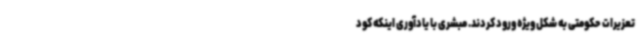
تعزیرات حکومتی به شکل ویژه ورود کردند. مبشری با یادآوری اینکه کود